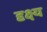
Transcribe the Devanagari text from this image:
दृक्ष्य